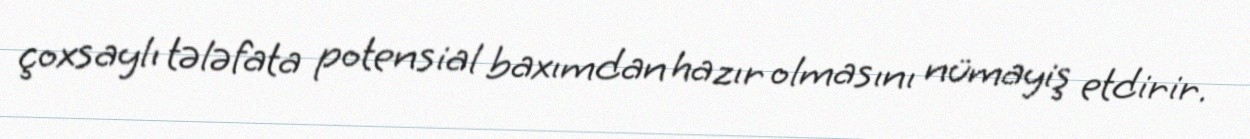
çoxsaylı tələfata potensial baxımdan hazır olmasını nümayiş etdirir.